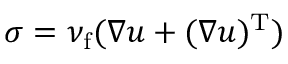
\boldsymbol { \sigma } = \nu _ { \mathrm { f } } ( \nabla \boldsymbol { u } + ( \nabla \boldsymbol { u } ) ^ { \mathrm { T } } )